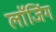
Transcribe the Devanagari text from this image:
लाॅजिंग